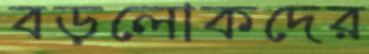
বড়লোকদের